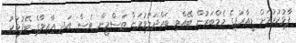
ފާޅުކުރުމަށް ޑީއާރުޕީގެ މެމްބަރުން ބޭއްވި ބައްދަލުވުމަށް ތަސްމީން ވެސް އަދި އާއިލާގެ ބޭފުޅަކު